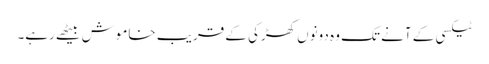
ٹیکسی کے آنے تک وہ دونوں کھڑکی کے قریب خاموش بیٹھے رہے۔